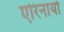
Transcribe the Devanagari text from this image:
एरिनायो